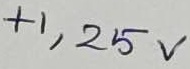
Text: +1,25V